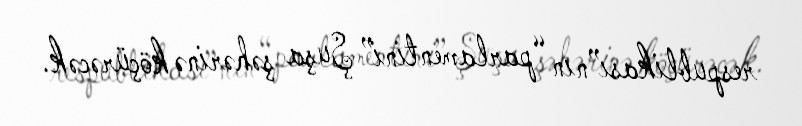
respublikası”nın “parlamentini” Şuşa şəhərinə köçürəcək.